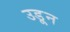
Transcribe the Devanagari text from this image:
उडू्न